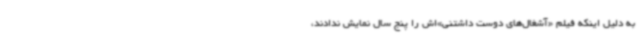
به دلیل اینکه فیلم «آشغال‌های دوست داشتنی»‌اش را پنج سال نمایش ندادند،